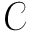
\boldsymbol { \mathcal { C } }